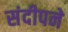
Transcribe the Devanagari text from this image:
संदीपने